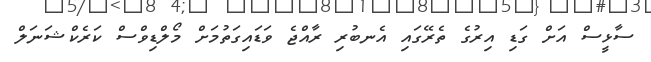
ސާޅީސް އަށް ގަޑި އިރުގެ ތެރޭގައި އެނބުރި ރާއްޖެ ވަޑައިގަތުމަށް މޯލްޑިވްސް ކަރެކްޝަނަލް